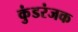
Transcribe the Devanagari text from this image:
कुंडरंजक